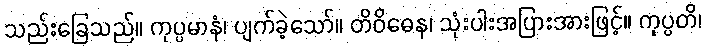
သည်းခြေသည်။ ကုပ္ပမာနံ၊ ပျက်ခဲ့သော်။ တိဝိဓေန၊ သုံးပါးအပြားအားဖြင့်။ ကုပ္ပတိ၊